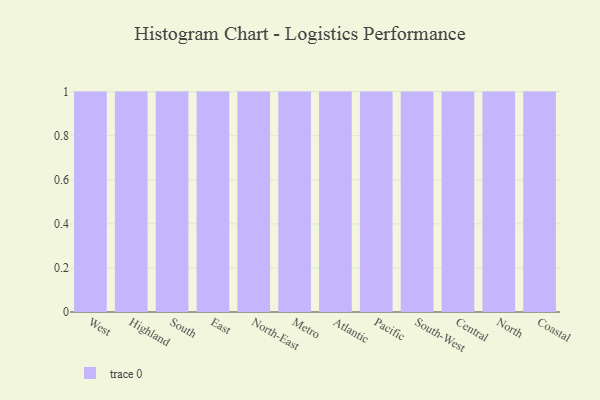
{"axis": {"x": "Region", "y": "Population (Million)"}, "legend": [""], "data": [{"x": "West", "y": 34, "type": ""}, {"x": "Highland", "y": 71, "type": ""}, {"x": "South", "y": 54, "type": ""}, {"x": "East", "y": 60, "type": ""}, {"x": "North-East", "y": 64, "type": ""}, {"x": "Metro", "y": 94, "type": ""}, {"x": "Atlantic", "y": 15, "type": ""}, {"x": "Pacific", "y": 42, "type": ""}, {"x": "South-West", "y": 96, "type": ""}, {"x": "Central", "y": 83, "type": ""}, {"x": "North", "y": 25, "type": ""}, {"x": "Coastal", "y": 1, "type": ""}]}